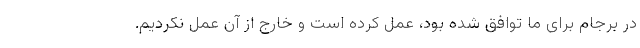
در برجام برای ما توافق شده بود، عمل کرده است و خارج از آن عمل نکردیم.